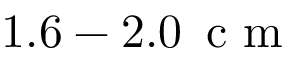
1 . 6 - 2 . 0 \, \mathrm { ~ c ~ m ~ }